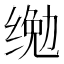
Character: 𱺨